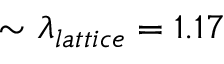
\sim \lambda _ { l a t t i c e } = 1 . 1 7